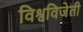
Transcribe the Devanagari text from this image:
विश्वविजेती